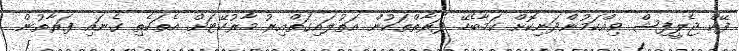
ފޭކް ޖެލީފިޝް ވިއްކަމުންދަނިކޮށް ކަމާބެހޭ ފަރާތްތަކުން އަތުލައިގަތްއިރު މާރުކޭޓަށް އެތަކެތި ގެނައި ފަރާތުން